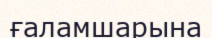
ғаламшарына